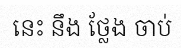
នេះ នឹង ថ្លែង ចាប់